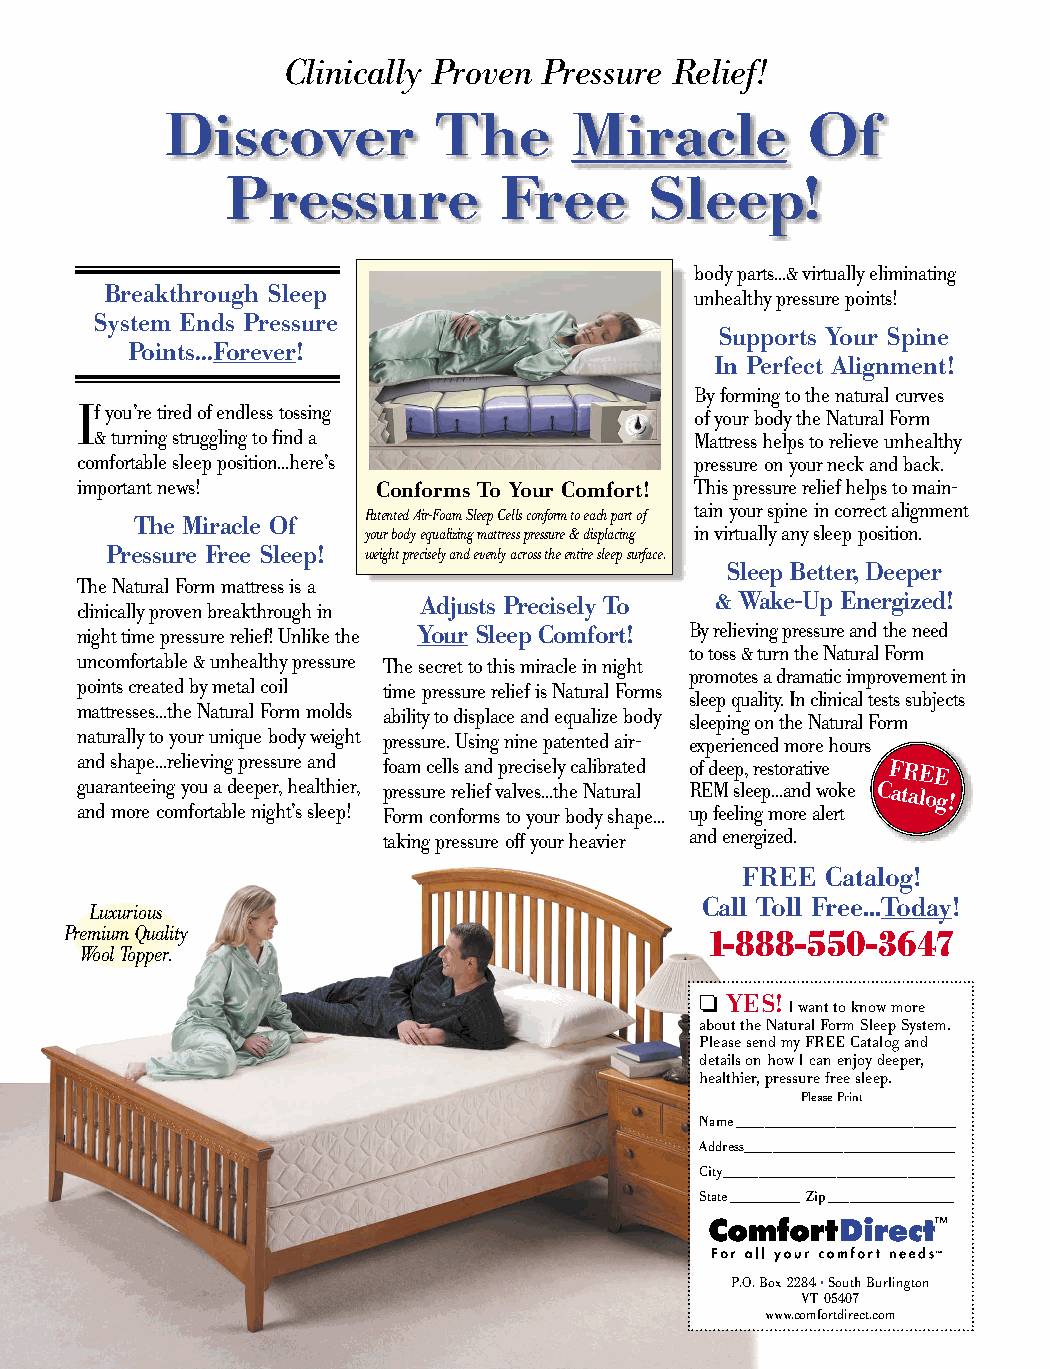
Clinically Proven Pressure Relief!
 Discover          The      Miracle        Of
 Pressure          Free      Sleep!
 body parts...& virtually eliminating
 Breakthrough Sleep                     unhealthy pressure points!
 System Ends Pressure
 Supports Your Spine
 Points...Forever!
 In Perfect Alignment!
 By forming to the natural curves
 If you’re tired of endless tossing
 of your body the Natural Form
 & turning struggling to find a          Mattress helps to relieve unhealthy
 comfortable sleep position...here’s      pressure on your neck and back.
 important news!     Conforms To Your Comfort! This pressure relief helps to main-
 Patented Air-Foam Sleep Cells conform to each part of tain your spine in correct alignment
 The Miracle Of
 your body equalizing mattress pressure & displacing in virtually any sleep position.
 Pressure Free Sleep! weight precisely and evenly across the entire sleep surface.
 Sleep Better, Deeper
 The Natural Form mattress is a
 Adjusts Precisely To & Wake-Up Energized!
 clinically proven breakthrough in
 night time pressure relief! Unlike the Your Sleep Comfort! By relieving pressure and the need
 to toss & turn the Natural Form
 uncomfortable & unhealthy pressure The secret to this miracle in night
 promotes a dramatic improvement in
 points created by metal coil time pressure relief is Natural Forms
 sleep quality. In clinical tests subjects
 mattresses...the Natural Form molds ability to displace and equalize body sleeping on the Natural Form
 naturally to your unique body weight pressure. Using nine patented air- experienced more hours
 and shape...relieving pressure and foam cells and precisely calibrated of deep, restorative FREE
 guaranteeing you a deeper, healthier, pressure relief valves...the Natural REM sleep...and woke Catalog!
 and more comfortable night’s sleep! Form conforms to your body shape... up feeling more alert
 taking pressure off your heavier and energized.
 FREE  Catalog!
 Call Toll Free...Today!
 Luxurious
 Premium Quality
 1-888-550-3647
 Wool Topper.
 ❏
 YES! I want to know more
 about the Natural Form Sleep System.
 Please send my FREE Catalog and
 details on how I can enjoy deeper,
 healthier, pressure free sleep.
 Please Print
 Name_______________________________
 Address______________________________
 City_________________________________
 State__________Zip__________________
 P.O. Box 2284•South Burlington
 VT 05407
 www.comfortdirect.com